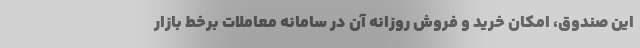
این صندوق، امکان خرید و فروش روزانه آن در سامانه معاملات برخط بازار